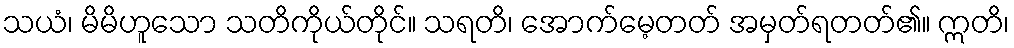
သယံ၊ မိမိဟူသော သတိကိုယ်တိုင်။ သရတိ၊ အောက်မေ့တတ် အမှတ်ရတတ်၏။ ဣတိ၊